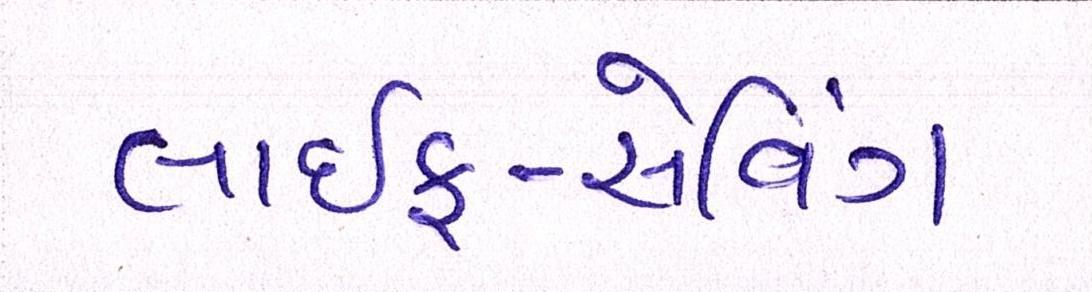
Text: લાઇફ-સેવિંગ